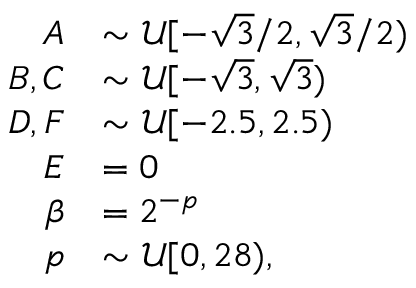
\begin{array} { r l } { A } & { \sim \mathcal { U } [ - \sqrt { 3 } / 2 , \sqrt { 3 } / 2 ) } \\ { B , C } & { \sim \mathcal { U } [ - \sqrt { 3 } , \sqrt { 3 } ) } \\ { D , F } & { \sim \mathcal { U } [ - 2 . 5 , 2 . 5 ) } \\ { E } & { = 0 } \\ { \beta } & { = 2 ^ { - p } } \\ { p } & { \sim \mathcal { U } [ 0 , 2 8 ) , } \end{array}